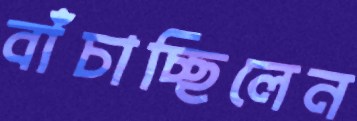
বাঁচাচ্ছিলেন